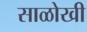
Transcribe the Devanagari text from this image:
साळोखी